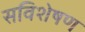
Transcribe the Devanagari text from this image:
सविशेषण